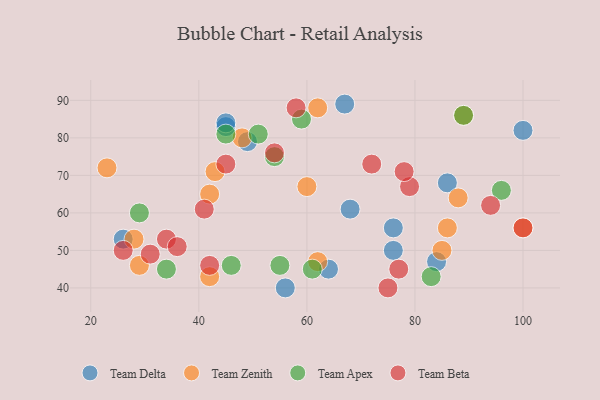
{"axis": {"x": "GDP", "y": "Life Expectancy"}, "legend": ["Team Apex", "Team Beta", "Team Delta", "Team Zenith"], "data": [{"x": "45", "y": 83, "type": "Team Delta"}, {"x": "67", "y": 89, "type": "Team Delta"}, {"x": "64", "y": 45, "type": "Team Delta"}, {"x": "26", "y": 53, "type": "Team Delta"}, {"x": "76", "y": 56, "type": "Team Delta"}, {"x": "86", "y": 68, "type": "Team Delta"}, {"x": "76", "y": 50, "type": "Team Delta"}, {"x": "49", "y": 79, "type": "Team Delta"}, {"x": "84", "y": 47, "type": "Team Delta"}, {"x": "68", "y": 61, "type": "Team Delta"}, {"x": "100", "y": 82, "type": "Team Delta"}, {"x": "45", "y": 84, "type": "Team Delta"}, {"x": "56", "y": 40, "type": "Team Delta"}, {"x": "42", "y": 43, "type": "Team Zenith"}, {"x": "100", "y": 56, "type": "Team Zenith"}, {"x": "23", "y": 72, "type": "Team Zenith"}, {"x": "88", "y": 64, "type": "Team Zenith"}, {"x": "86", "y": 56, "type": "Team Zenith"}, {"x": "60", "y": 67, "type": "Team Zenith"}, {"x": "43", "y": 71, "type": "Team Zenith"}, {"x": "85", "y": 50, "type": "Team Zenith"}, {"x": "48", "y": 80, "type": "Team Zenith"}, {"x": "29", "y": 46, "type": "Team Zenith"}, {"x": "62", "y": 47, "type": "Team Zenith"}, {"x": "42", "y": 65, "type": "Team Zenith"}, {"x": "28", "y": 53, "type": "Team Zenith"}, {"x": "89", "y": 86, "type": "Team Zenith"}, {"x": "62", "y": 88, "type": "Team Zenith"}, {"x": "46", "y": 46, "type": "Team Apex"}, {"x": "59", "y": 85, "type": "Team Apex"}, {"x": "89", "y": 86, "type": "Team Apex"}, {"x": "45", "y": 81, "type": "Team Apex"}, {"x": "29", "y": 60, "type": "Team Apex"}, {"x": "61", "y": 45, "type": "Team Apex"}, {"x": "55", "y": 46, "type": "Team Apex"}, {"x": "96", "y": 66, "type": "Team Apex"}, {"x": "51", "y": 81, "type": "Team Apex"}, {"x": "34", "y": 45, "type": "Team Apex"}, {"x": "83", "y": 43, "type": "Team Apex"}, {"x": "54", "y": 75, "type": "Team Apex"}, {"x": "72", "y": 73, "type": "Team Beta"}, {"x": "45", "y": 73, "type": "Team Beta"}, {"x": "26", "y": 50, "type": "Team Beta"}, {"x": "94", "y": 62, "type": "Team Beta"}, {"x": "58", "y": 88, "type": "Team Beta"}, {"x": "77", "y": 45, "type": "Team Beta"}, {"x": "79", "y": 67, "type": "Team Beta"}, {"x": "42", "y": 46, "type": "Team Beta"}, {"x": "54", "y": 76, "type": "Team Beta"}, {"x": "100", "y": 56, "type": "Team Beta"}, {"x": "31", "y": 49, "type": "Team Beta"}, {"x": "34", "y": 53, "type": "Team Beta"}, {"x": "78", "y": 71, "type": "Team Beta"}, {"x": "36", "y": 51, "type": "Team Beta"}, {"x": "41", "y": 61, "type": "Team Beta"}, {"x": "75", "y": 40, "type": "Team Beta"}]}